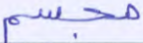
مجسم